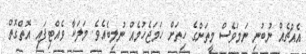
އެއްޗެއް ނުބުނި ނަމަވެސް މީތަންގެ ހިތަށް ހަމަޖެހުމެއް ނުލިބެއެވެ. މަލަކާ ވެއްޓިފައި އޮތްގޮތް